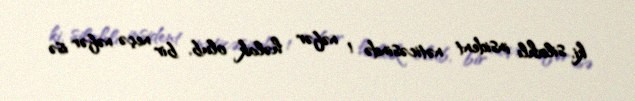
ki, silahlı insident nəticəsində 1 nəfər həlak olub, bir neçə nəfər isə